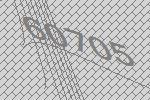
60705